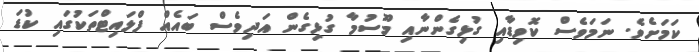
ކަމަށެވެ. ނަމަވެސް ކޮވިޑާއި ގުޅިގެންނާއި މޫސުމާ ގުޅިގެން އަދިވެސް ބައެއް ފްލައިޓްތަކުގައި ކުޑަ